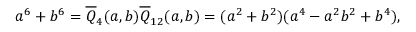
a ^ { 6 } + b ^ { 6 } = { \overline { { Q } } } _ { 4 } ( a , b ) { \overline { { Q } } } _ { 1 2 } ( a , b ) = ( a ^ { 2 } + b ^ { 2 } ) ( a ^ { 4 } - a ^ { 2 } b ^ { 2 } + b ^ { 4 } ) ,